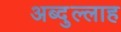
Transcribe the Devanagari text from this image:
अब्‍दुल्‍लाह